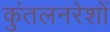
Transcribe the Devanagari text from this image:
कुंतलनरेशों